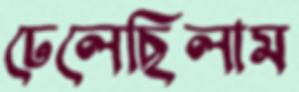
ঢেলেছিলাম